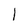
Character: 1